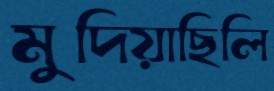
মুদিয়াছিলি